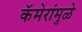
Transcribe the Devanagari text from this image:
कॅमेरांमुळे